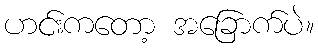
ဟင်းကတော့ အခြောက်ပဲ။